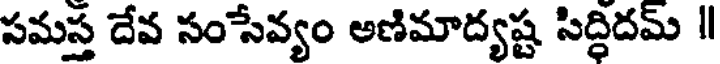
సమస్త దేవ సంసేవ్యం అణిమాద్యష్ట సిద్ధిదమ్ ॥